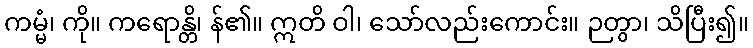
ကမ္မံ၊ ကို။ ကရောန္တိ၊ န်၏။ ဣတိ ဝါ၊ သော်လည်းကောင်း။ ဉတွာ၊ သိပြီး၍။